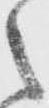
之